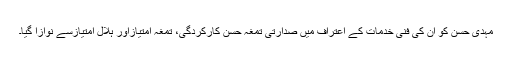
مہدی حسن کو ان کی فنی خدمات کے اعتراف میں صدارتی تمغہ حسن کارکردگی، تمغہ امتیازاور ہلال امتیازسے نوازا گیا۔